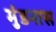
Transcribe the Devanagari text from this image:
मुंडनास